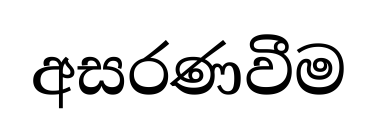
අසරණවීම